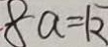
\cdot 8 a = 1 2